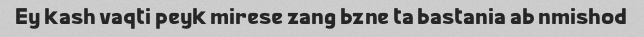
Ey kash vaqti peyk mirese zang bzne ta bastania ab nmishod